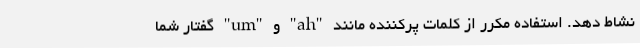
نشاط دهد. استفاده مکرر از کلمات پرکننده مانند "ah" و "um" گفتار شما